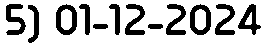
5) 01-12-2024